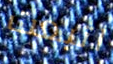
اتبعت